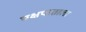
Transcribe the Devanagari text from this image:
पक्षपाताला